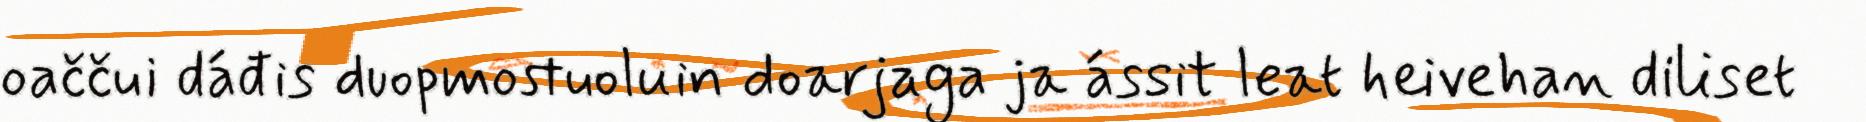
oaččui dáđis duopmostuoluin doarjaga ja ássit leat heivehan diliset